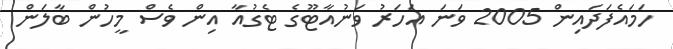
ހަމައެފަދައިން 2005 ވަނަ އަހަރު ވަނުއާޓޫގެ ޓެގުއާ އިން ވެސް މީހުން ބާލަން